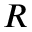
R